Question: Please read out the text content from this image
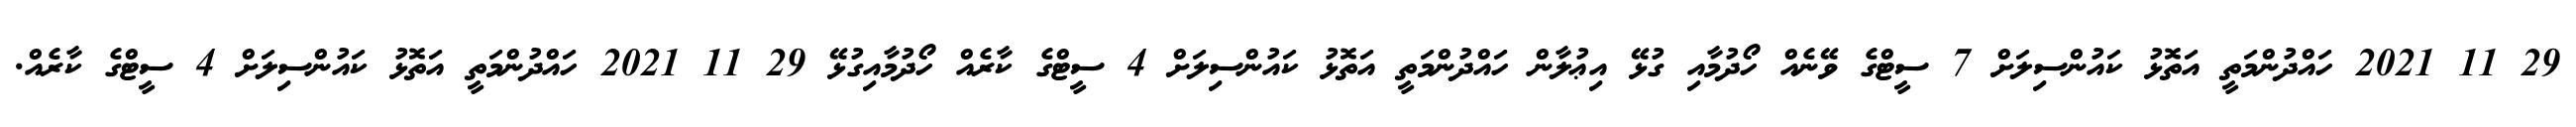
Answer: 29 11 2021 ހައްދުންމަތީ އަތޮޅު ކައުންސިލަށް 7 ސީޓްގެ ވޭނެއް ހޯދުމާއި ގުޅޭ އިޢުލާން ހައްދުންމަތީ އަތޮޅު ކައުންސިލަށް 4 ސީޓްގެ ކާރެއް ހޯދުމާއިގުޅޭ 29 11 2021 ހައްދުންމަތީ އަތޮޅު ކައުންސިލަށް 4 ސީޓްގެ ކާރެއް.